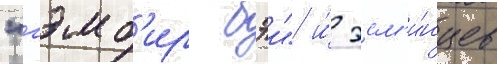
"гэмб'ир бэи" и́ эсм'и́нцев